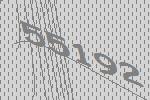
55192